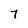
Character: 7